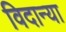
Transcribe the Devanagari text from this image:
विदान्या